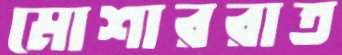
মোশাররাত